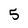
Character: 5